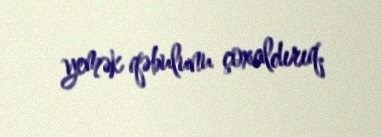
yemək qəbulunu çoxaldırıq.